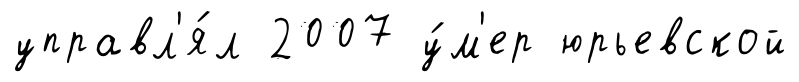
управл'я́л 2007 у́м'ер юрьевской